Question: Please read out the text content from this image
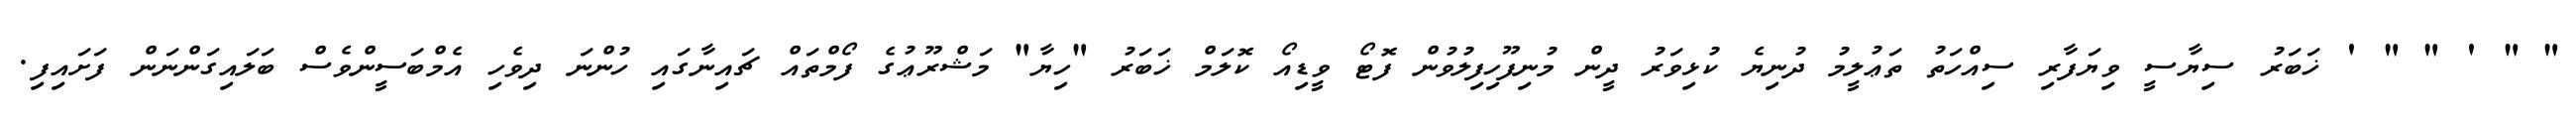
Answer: " " ' " " ' ޚަބަރު ސިޔާސީ ވިޔަފާރި ސިއްހަތު ތަޢުލީމު ދުނިޔެ ކުޅިވަރު ދީން މުނިފޫހިފިލުވުން ފޮޓޯ ވީޑިއޯ ކޮލަމް ޚަބަރު "ހިޔާ" މަޝްރޫޢުގެ ފޯމްތައް ޗައިނާގައި ހުންނަ ދިވެހި އެމްބަސީންވެސް ބަލައިގަންނަން ފަށައިފި.